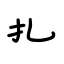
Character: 扎